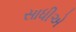
સાધીએ